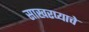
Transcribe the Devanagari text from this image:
साखरप्याचे